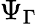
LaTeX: \Psi_{\Gamma}